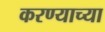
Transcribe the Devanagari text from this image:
करण्‍याच्‍या